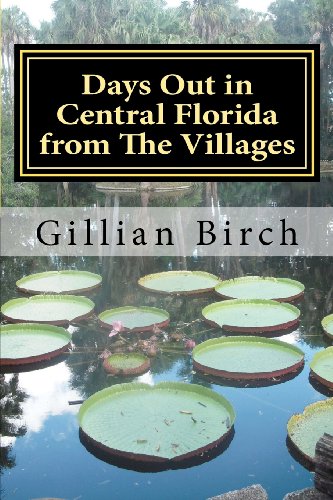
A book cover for Days Out in Central Florida from The Villages (Days Out in Florida); Gillian Birch; Travel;